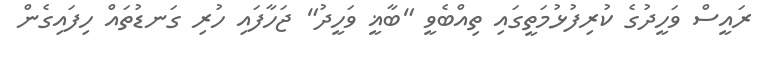
ރައީސް ވަހީދުގެ ކުރިފުޅުމަތީގައި ތިއްބެވީ "ބާޣީ ވަހީދު" ޖަހާފައި ހުރި ގަނޑުތައް ހިފައިގެން